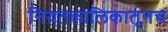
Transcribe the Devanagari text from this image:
नियतकालिकातूनच